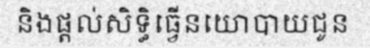
និងផ្តល់សិទ្ធិធ្វើនយោបាយជូន